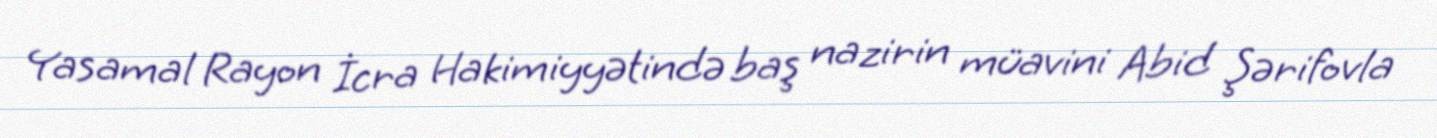
Yasamal Rayon İcra Hakimiyyətində baş nazirin müavini Abid Şərifovla